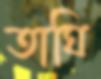
তাঘি